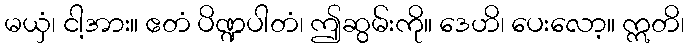
မယှံ၊ ငါ့အား။ ဧတံ ပိဏ္ဍပါတံ၊ ဤဆွမ်းကို။ ဒေဟိ၊ ပေးလော့။ ဣတိ၊